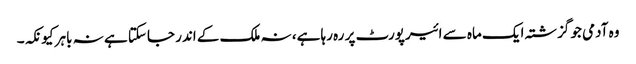
وہ آدمی جو گزشتہ ایک ماہ سے ائیرپورٹ پر رہ رہا ہے، نہ ملک کے اندر جاسکتا ہے نہ باہر کیونکہ۔